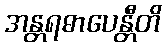
အန္တရဓာပေန္တီတိ